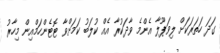
ގަދަ ހަތަރަކަށް ލިވަޕޫލާ އެންމެ ވާދަކުރާ އެއް ކުލަބު ކަމަށްވާ ޓޮޓެންހަމްއިން މިހާރު